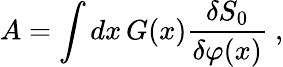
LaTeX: A=\int dx\, G(x)\frac{\delta S_{0}}{\delta\varphi(x)}\ ,